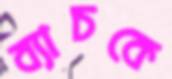
ব্যাচকে